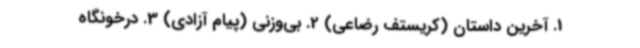
1. آخرین داستان (کریستف رضاعی) 2. بی‌وزنی (پیام آزادی) 3. درخونگاه